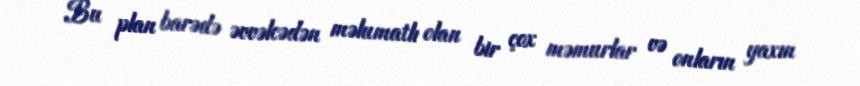
Bu plan barədə əvvəlcədən məlumatlı olan bir çox məmurlar və onların yaxın